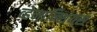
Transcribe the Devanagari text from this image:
व्हेनान्शियस